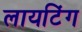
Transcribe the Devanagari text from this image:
लायटिंग